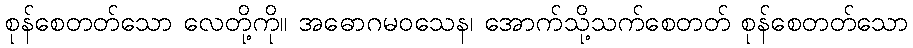
စုန်စေတတ်သော လေတို့ကို။ အဓောဂမဝသေန၊ အောက်သို့သက်စေတတ် စုန်စေတတ်သော